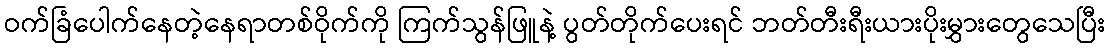
ဝက်ခြံပေါက်နေတဲ့နေရာတစ်ဝိုက်ကို ကြက်သွန်ဖြူနဲ့ ပွတ်တိုက်ပေးရင် ဘတ်တီးရီးယားပိုးမွှားတွေသေပြီး